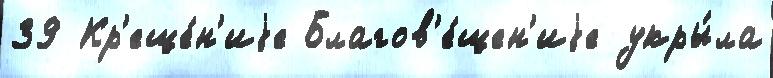
39 Кр'еще́н'иjе Благов'е́щен'иjе укры́ла